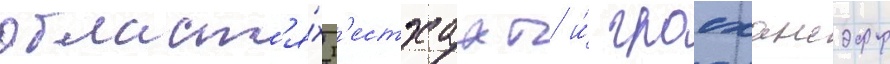
област'я́х г'естхахт и́ гросхансдорф